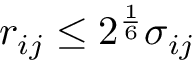
r _ { i j } \le 2 ^ { \frac { 1 } { 6 } } \sigma _ { i j }